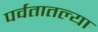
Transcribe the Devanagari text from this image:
पर्वतातल्या